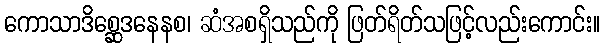
ကောသာဒိစ္ဆေဒနေနစ၊ ဆံအစရှိသည်ကို ဖြတ်ရိတ်သဖြင့်လည်းကောင်း။